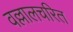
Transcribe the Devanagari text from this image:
वल्लालचरित